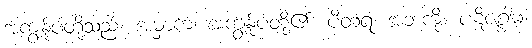
အကျွန်ုပ်တို့သည်။ အမှာကံ၊ အကျွန်ုပ်တို့၏။ ပိတရံ၊ အဘကို။ ပဋိဇဂ္ဂါမ၊